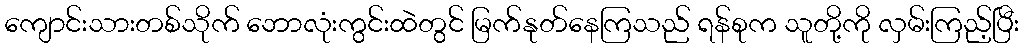
ကျောင်းသားတစ်သိုက် ဘောလုံးကွင်းထဲတွင် မြက်နုတ်နေကြသည် ရန်စုက သူတို့ကို လှမ်းကြည့်ပြီး